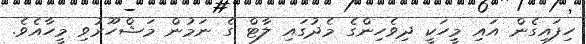
ހިފައިގެން އައި މީހަކީ ދިވެހިންގެ މެދުގައި ލާޓް ގެ ނަމުން މަޝްހޫރުވި މީހާއެވެ.